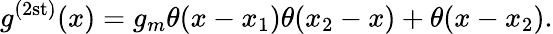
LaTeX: g^{(2\mathrm{st)}}(x)=g_{m}\theta(x-x_{1})\theta(x_{2}-x)+\theta(x-x_{2}).